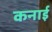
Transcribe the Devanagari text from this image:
कनाई